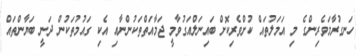
ހަނގުރާމަވެރިންގެ މި އަމަލުތައް ކުށްވެރިކޮށް ބައިނަލްއަގުވާމީ ޖަމާއަތްތަކުންނާއި އެކި ގައުމުތަކުން ދަނީ ބަޔާންތައް